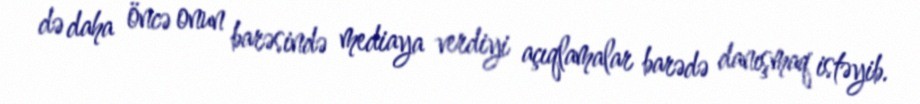
də daha öncə onun barəsində mediaya verdiyi açıqlamalar barədə danışmaq istəyib.